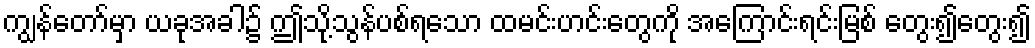
ကျွန်တော်မှာ ယခုအခါ၌ ဤသို့သွန်ပစ်ရသော ထမင်းဟင်းတွေကို အကြောင်းရင်းမြစ် တွေး၍တွေး၍